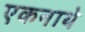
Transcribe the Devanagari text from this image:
एकनाथे